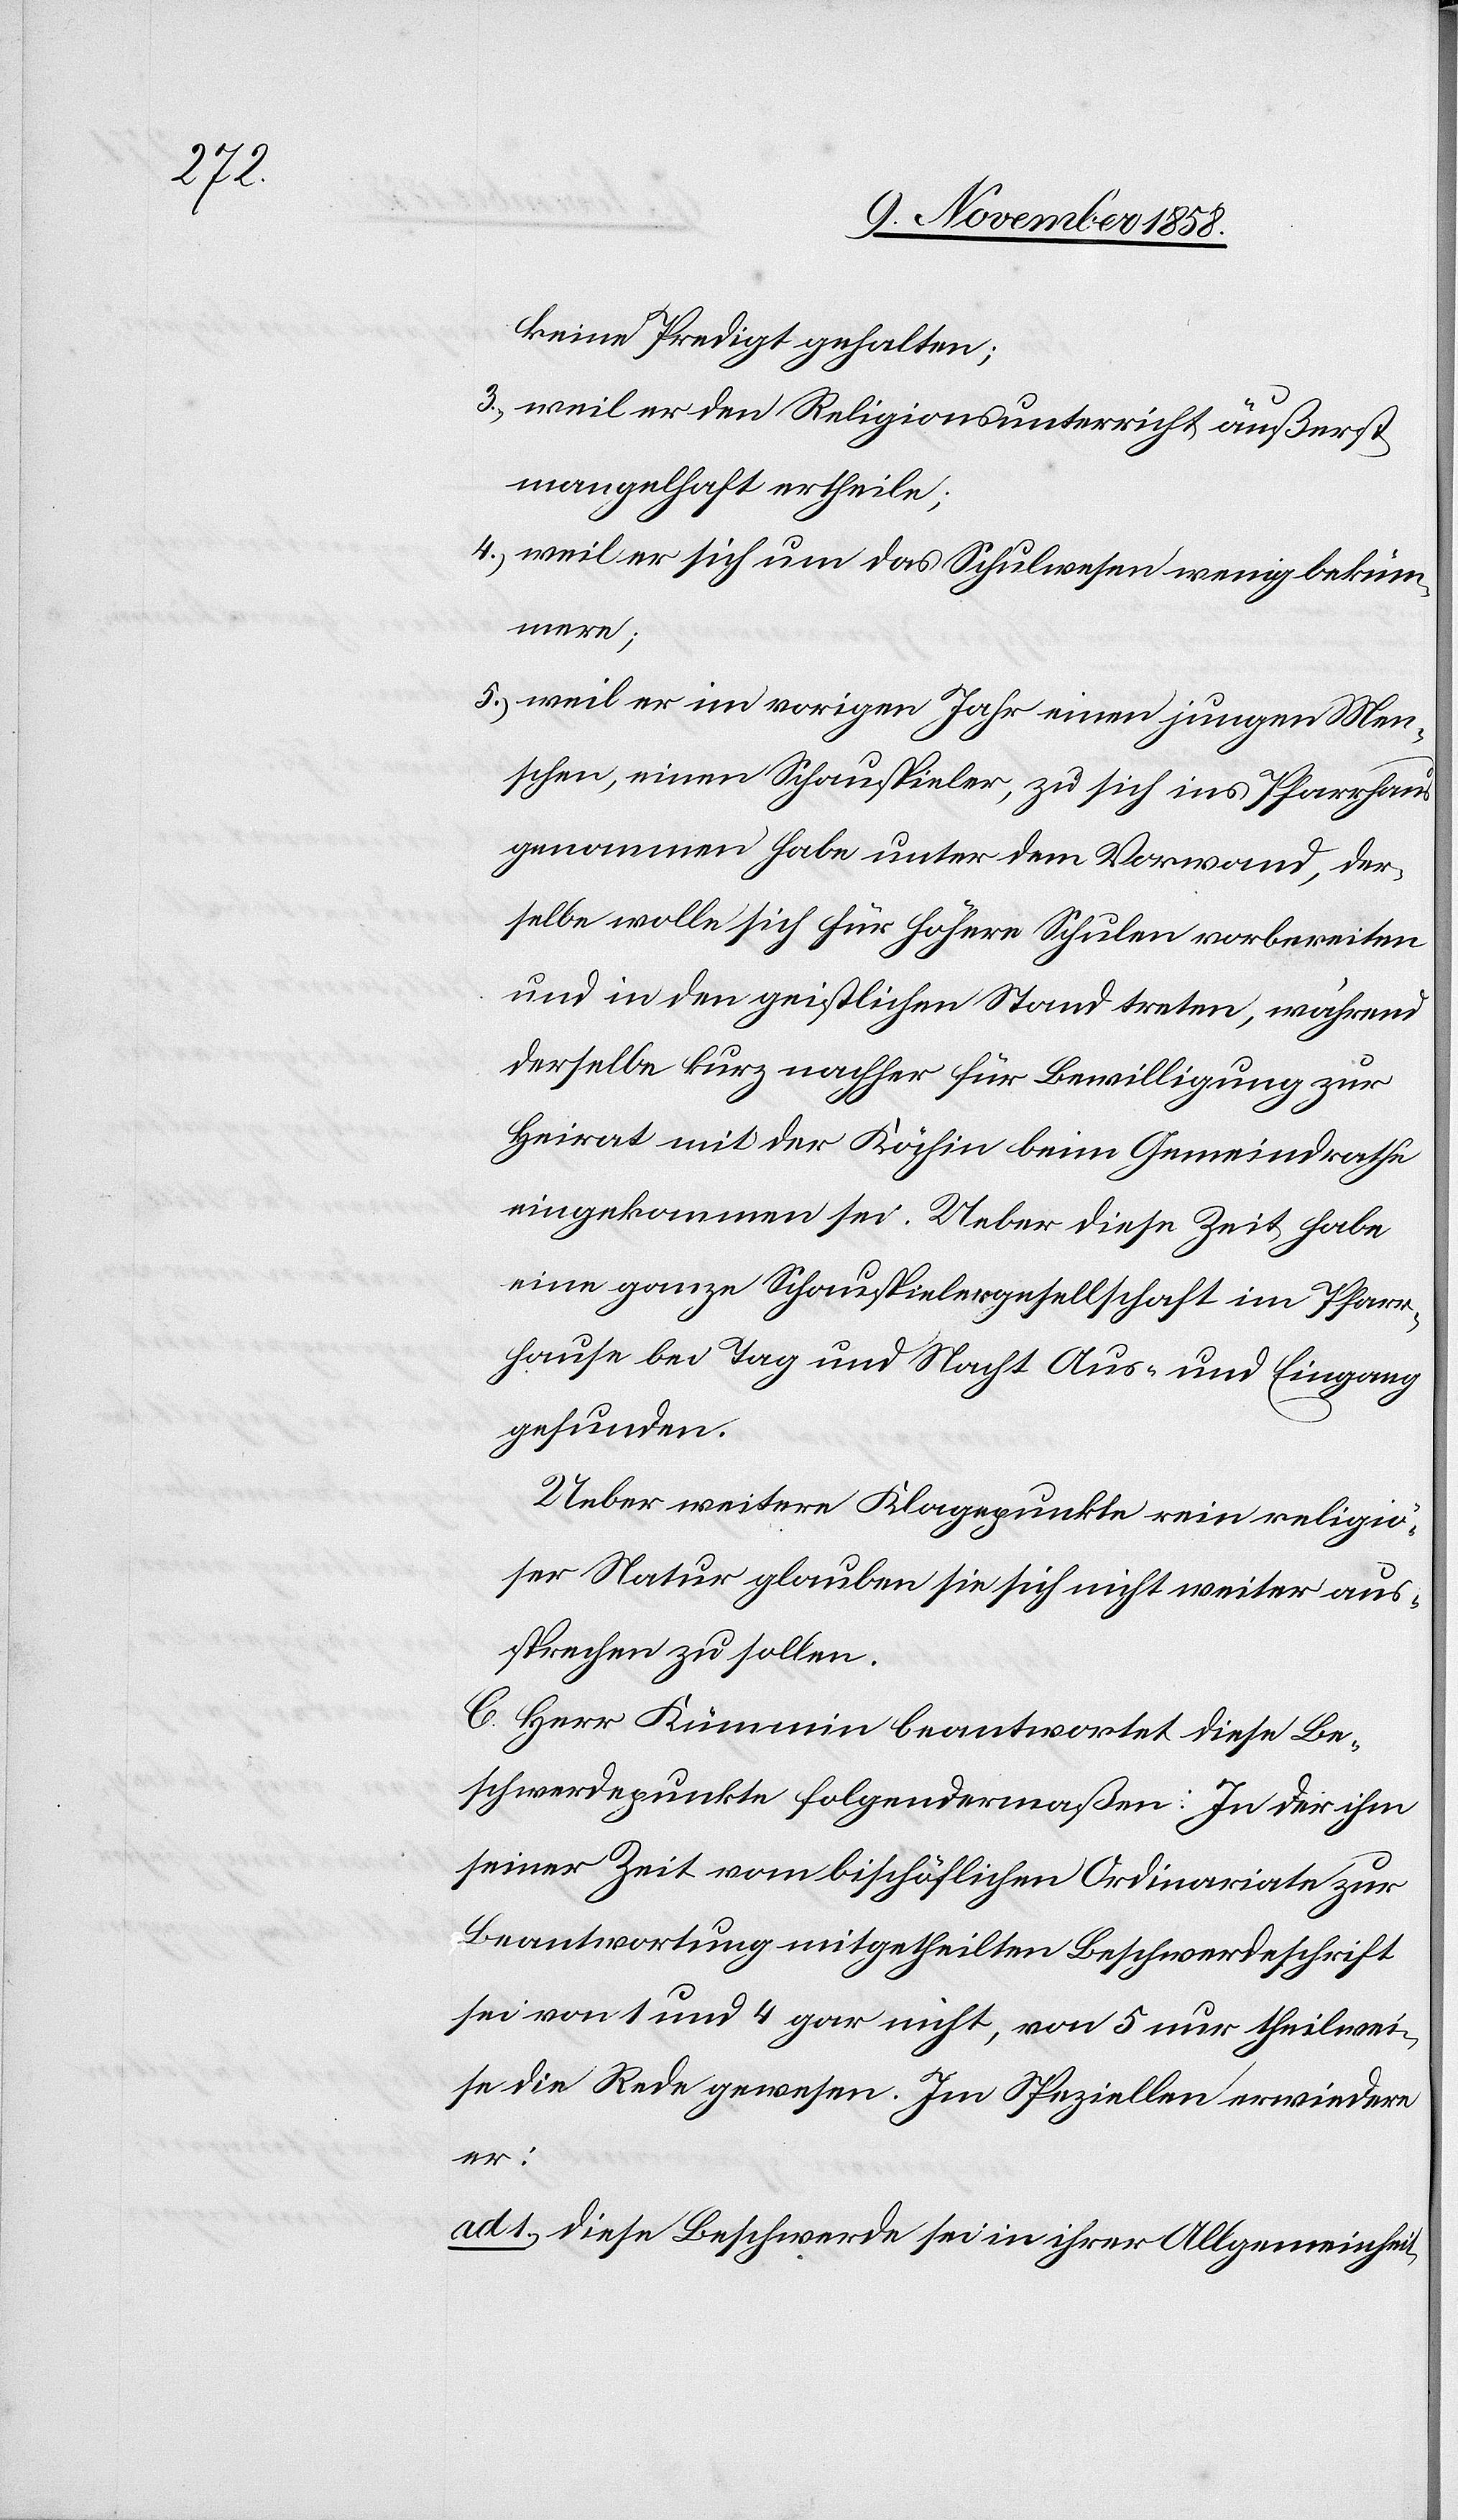
keine Predigt gehalten;
weil er den Religionsunterricht äußerst
mangelhaft ertheile;
weil er sich um das Schulwesen wenig beküm¬
mere;
weil er im vorigen Jahr einen jungen Men¬
schen, einen Schauspieler, zu sich ins Pfarrhaus
genommen habe unter dem Vorwand, der¬
selbe wolle sich für höhere Schulen vorbereiten
und in den geistlichen Stand treten, während
derselbe kurz nachher für Bewilligung zur
Heirat mit der Köchin beim Gemeindrathe
eingekommen sei. Ueber diese Zeit habe
eine ganze Schauspielergesellschaft im Pfarr¬
hause bei Tag und Nacht Aus- und Eingang
gefunden.
Ueber weitere Klagepunkte rein religiö¬
ser Natur glauben sie sich nicht weiter aus¬
sprechen zu sollen.
C. Herr Kümmin beantwortet diese Be¬
schwerdepunkte folgendermaßen: In der ihm
seiner Zeit vom bischöflichen Ordinariate zur
Beantwortung mitgetheilten Beschwerdeschrift
sei von 1 und 4 gar nicht, von 5 nur theilwei¬
se die Rede gewesen. Im Speziellen erwiedere
er:
ad 1.) Diese Beschwerde sei in ihrer Allgemeinheit